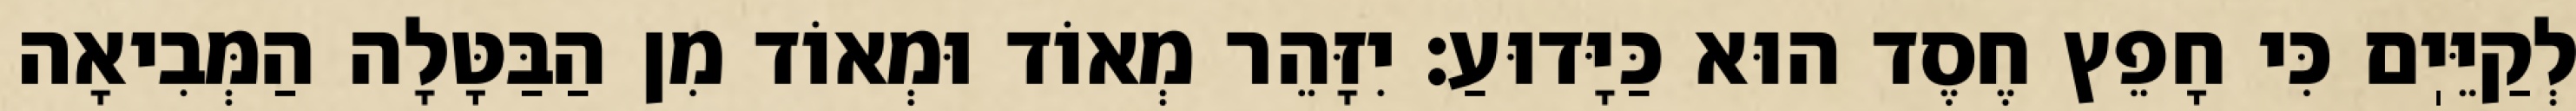
לְקַיֵּיֽם כִּי חָפֵץ חֶסֶד הוּא כַּיָּדוּעַ: יִזָּהֵר מְאוֹד וּמְאוֹד מִן הַבַּטָּלָה הַמְּבִיאָה